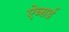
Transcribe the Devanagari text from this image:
ऐब्सर्ड